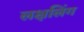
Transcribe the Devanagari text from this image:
लक्षलिंग